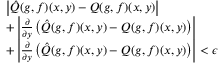
\begin{array} { r l } & { \left| \hat { \cal Q } ( g , f ) ( x , y ) - { \cal Q } ( g , f ) ( x , y ) \right| } \\ & { + \left| { \frac { \partial } { \partial y } } \left( \hat { \cal Q } ( g , f ) ( x , y ) - { \cal Q } ( g , f ) ( x , y ) \right) \right| } \\ & { + \left| { \frac { \partial } { \partial y } } \left( \hat { \cal Q } ( g , f ) ( x , y ) - { \cal Q } ( g , f ) ( x , y ) \right) \right| < \epsilon } \end{array}